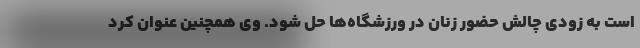
است به زودی چالش حضور زنان در ورزشگاه‌ها حل شود. وی همچنین عنوان کرد